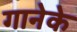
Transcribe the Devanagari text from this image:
गानेके